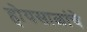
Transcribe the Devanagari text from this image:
होयसाळांचे